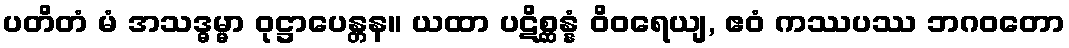
ပတိတံ မံ အသဒ္ဓမ္မာ ဝုဋ္ဌာပေန္တန။ ယထာ ပဋိစ္ဆန္နံ ဝိဝရေယျ, ဧဝံ ကဿပဿ ဘဂဝတော